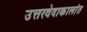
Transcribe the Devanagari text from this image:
उत्तरवेदाकालांत